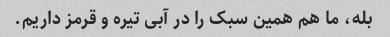
بله، ما هم همین سبک را در آبی تیره و قرمز داریم.